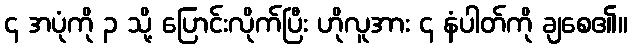
၄ အပုံကို ၃ သို့ ပြောင်းလိုက်ပြီး ဟိုလူအား ၄ နံပါတ်ကို ချစေ၏။